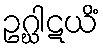
ဥဂ္ဃါဋယိံ